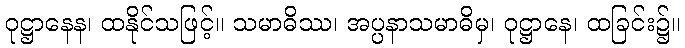
ဝုဋ္ဌာနေန၊ ထနိုင်သဖြင့်။ သမာဓိဿ၊ အပ္ပနာသမာဓိမှ၊ ဝုဋ္ဌာနေ၊ ထခြင်း၌။